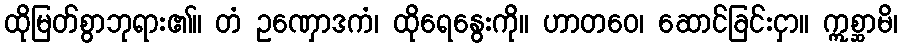
ထိုမြတ်စွာဘုရား၏။ တံ ဥဏှောဒကံ၊ ထိုရေနွေးကို။ ဟာတဝေ၊ ဆောင်ခြင်းငှာ။ ဣစ္ဆာမိ၊